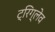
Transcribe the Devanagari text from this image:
ट्रिग्लेव